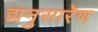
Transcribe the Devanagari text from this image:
द्यनुसारेण